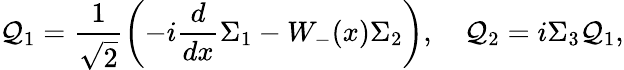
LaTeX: {\cal Q}_{1}=\frac{1}{\sqrt{2}}\left(-i\frac{d}{dx}{\Sigma_{1}}-W_{-}(x)\Sigma_{2}\right),\quad{\cal Q}_{2}=i\Sigma_{3}{\cal Q}_{1},